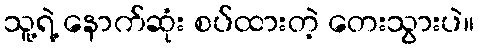
သူ့ရဲ့ နောက်ဆုံး စပ်ထားတဲ့ တေးသွားပဲ။